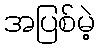
အပြစ်မဲ့